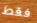
فقط